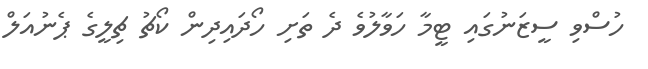
ހުސްވި ސީޒަނުގައި ޓީމާ ހަވާލުވެ ދެ ތަށި ހޯދައިދިން ކޯޗު ޗިލީގެ ޕެނުއަލް